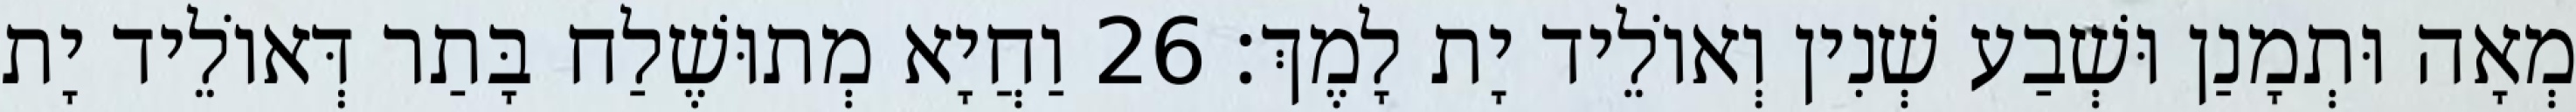
מְאָה וּתְמָנַן וּשְׁבַע שְׁנִין וְאוֹלֵיד יָת לָמֶךְ׃ 26 וַחֲיָא מְתוּשֶׁלַח בָּתַר דְּאוֹלֵיד יָת